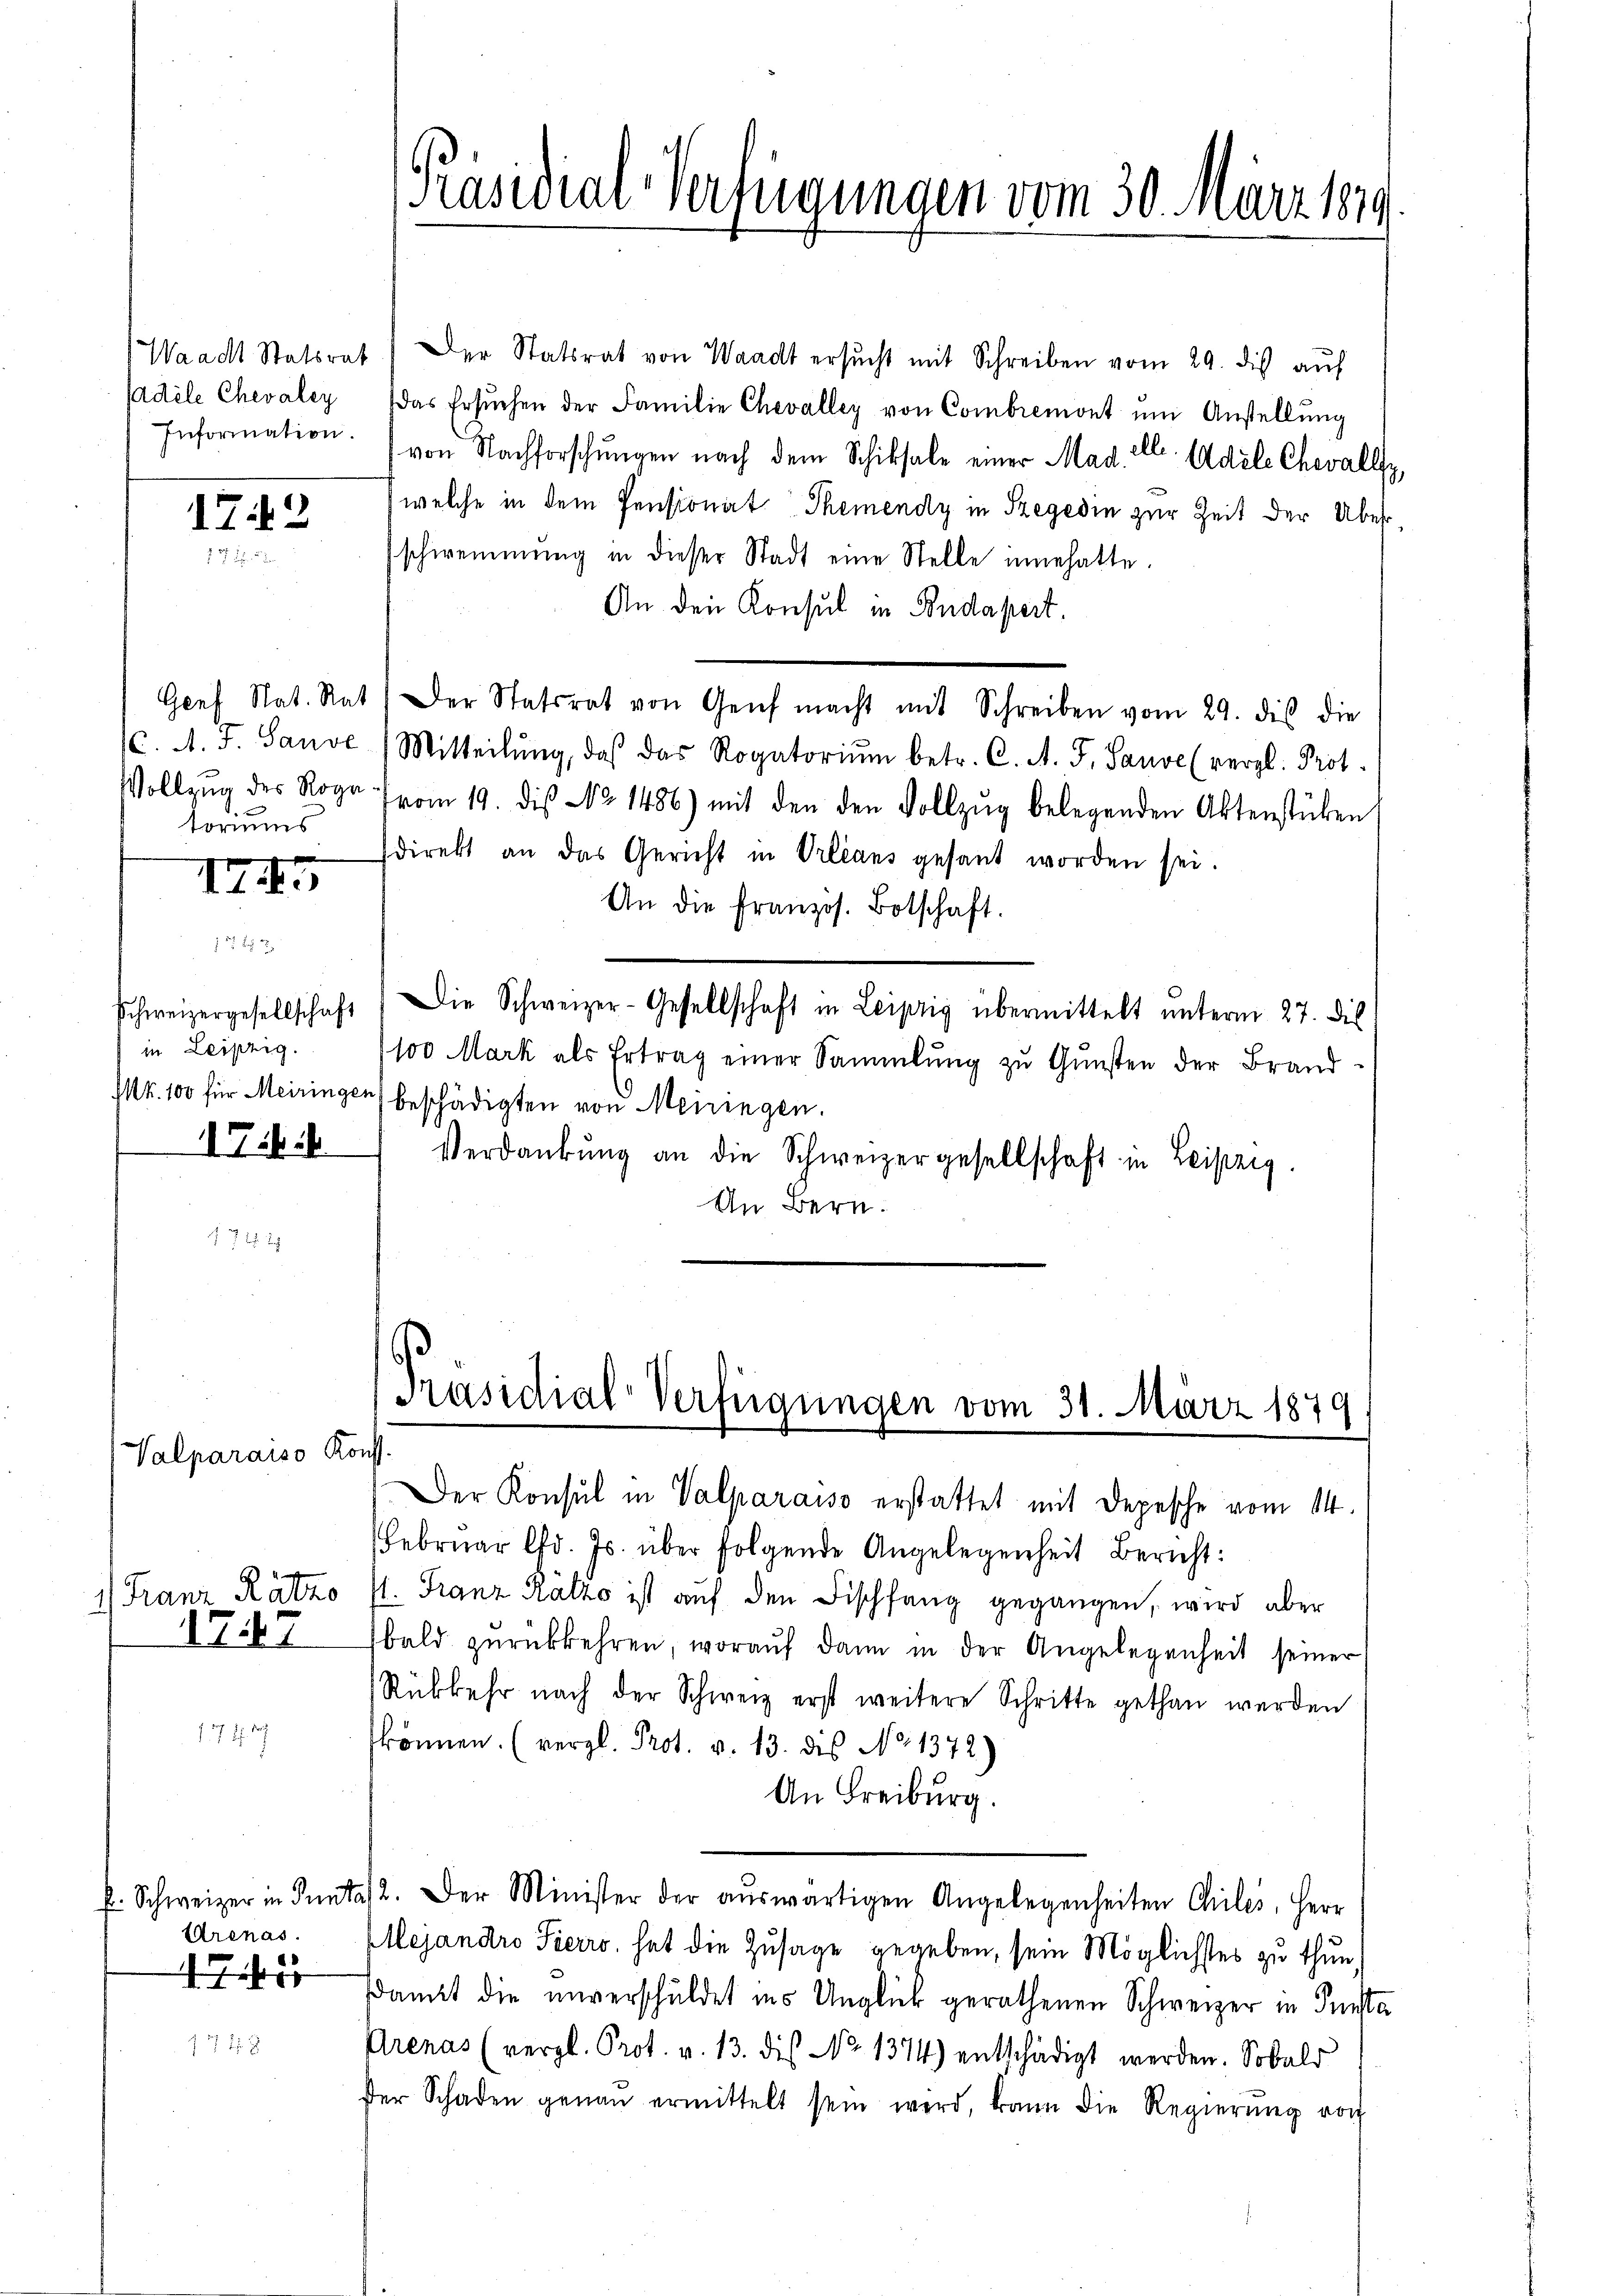
sadele Chevaley

toriums

in Leipzig.
1744

17.12
 . . . .

II4

.

a

Valparaiso Konst.

1, Franz Ratho
1747

Arenas.

Waacht Statsrat) Der Statsrat von Waadt ersŭcht mit Schreiben vom 29. des auf
das Ersŭchen der Familie Chevalley von Combremont um Anstellŭng
Information. (von Nachforschŭngen nach dem Schiksale einer Mad. A. Adele Chevally,
) welche in dem Pensionat Themendy in Szegedin zur Zeit der Überschwemmung in dieser Stadt eine Stelle unehatte.
An den Konsul in Budapert.
Goef Nat. Rat der Statsrat von Genf macht mit Schreiben vom 29. dies die
C. A. F. Sande Mitteilŭng, daß das Rogatoriŭm betr. C. A. F. Sause (vergl. Prot.
Vollzŭg des Roga vom 19. dis No 1486) mit den den Vollzŭg belegenden Aktenstücken,
sdirekt an das Gericht in Orleans gesant worden sei.
An die französ. Botschaft.
schweizergesellschaft) Die Schweizer-Gesellschaft in Leipzig übermittelt ŭnterm 27. dis
100 Mark als Ertrag einer Sammlung zu Gunsten der Brand
Mt. 100 für Meiringen beschädigten von Meiringen.
Verdankŭng an die Schweizergesellschaft in Leipzig.
An Bern.

Präsidial-Verfügungen vom 30. März 1879.

Präsidial-Verfügungen vom 31. März 1879

Der Konsul in Valparaiso erstattet mit Depesche vom 14.
Febrŭar lfd. Js. über folgende Angelegenheit Bericht:
sl. Franz Ratzo ist auf den Fischfang gegangen, wird aber
bald zŭrückkehren, woraŭf dann in der Angelegenheit seiner
Rükkehr nach der Schweiz erst weitere Schritte gethan werden
können. (vergl. Prot. v. 13. dis No 1372)
An Freiburg.
f. Schweizer in Pantas. Der Minister der aŭswärtigen Angelegenheiten Chilis, Herr
Ellejandro Pierro, hat die Zusage gegeben, sein Möglichstes zu thun.
Damit die unverschuldet ins Unglück gerathenen Schweizer in Fensta
Prenas (vergl. Prot. v. 13. dis No 1374) entschädigt werden. Sobald
der Schaden genaŭ ermittelt sein wird, kann die Regierŭng von